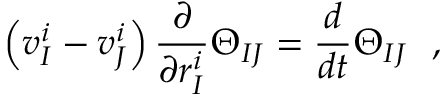
\left( v _ { I } ^ { i } - v _ { J } ^ { i } \right) { \frac { \partial } { \partial r _ { I } ^ { i } } } \Theta _ { I J } = { \frac { d } { d t } } \Theta _ { I J } \ \ ,